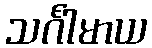
သင်္ဂါမာယ